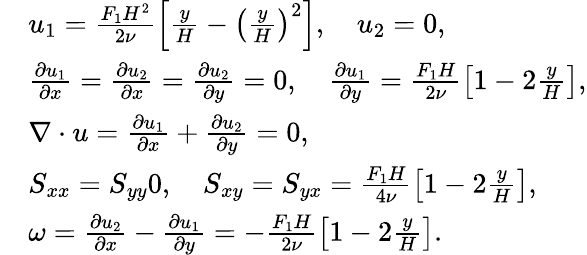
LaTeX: \begin{array}{rl}&{u_{1}=\frac{F_{1}H^{2}}{2\nu}\left[\frac{y}{H}-\left(\frac{y}{H}\right)^{2}\right],\quad u_{2}=0,}\\ &{\frac{\partial u_{1}}{\partial x}=\frac{\partial u_{2}}{\partial x}=\frac{\partial u_{2}}{\partial y}=0,\quad\frac{\partial u_{1}}{\partial y}=\frac{F_{1}H}{2\nu}\left[1-2\frac{y}{H}\right],}\\ &{\nabla\cdot u=\frac{\partial u_{1}}{\partial x}+\frac{\partial u_{2}}{\partial y}=0,}\\ &{S_{xx}=S_{yy}0,\quad S_{xy}=S_{yx}=\frac{F_{1}H}{4\nu}\left[1-2\frac{y}{H}\right],}\\ &{\omega=\frac{\partial u_{2}}{\partial x}-\frac{\partial u_{1}}{\partial y}=-\frac{F_{1}H}{2\nu}\left[1-2\frac{y}{H}\right].}\end{array}